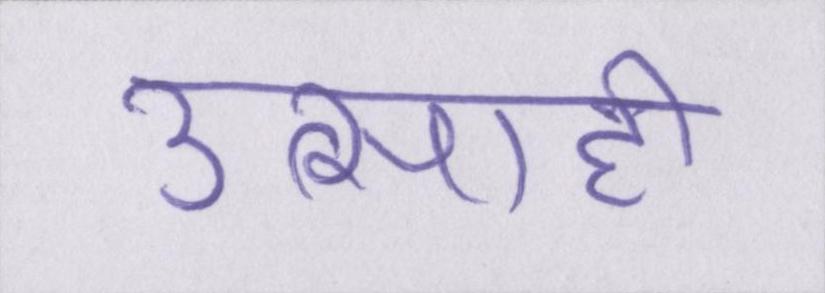
उत्साही